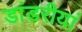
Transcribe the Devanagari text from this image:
डांडरीयां